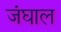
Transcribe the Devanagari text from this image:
जंघाल